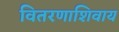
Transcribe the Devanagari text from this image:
वितरणाशिवाय